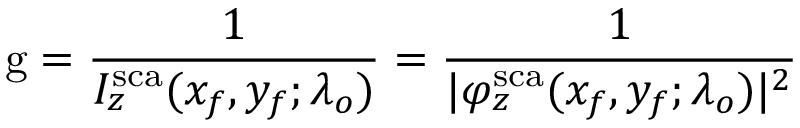
\mathrm { g } = \frac { 1 } { I _ { z } ^ { \mathrm { s c a } } ( x _ { f } , y _ { f } ; \lambda _ { o } ) } = \frac { 1 } { | \varphi _ { z } ^ { \mathrm { s c a } } ( x _ { f } , y _ { f } ; \lambda _ { o } ) | ^ { 2 } }